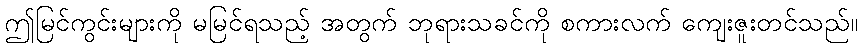
ဤမြင်ကွင်းများကို မမြင်ရသည့် အတွက် ဘုရားသခင်ကို စကားလက် ကျေးဇူးတင်သည်။